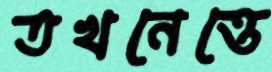
তখনেত্তে